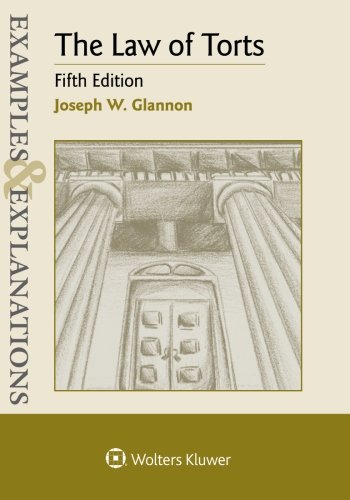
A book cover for Examples & Explanations: The Law of Torts; Joseph W. Glannon; Law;